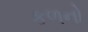
કળનો